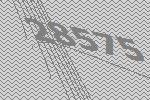
28575